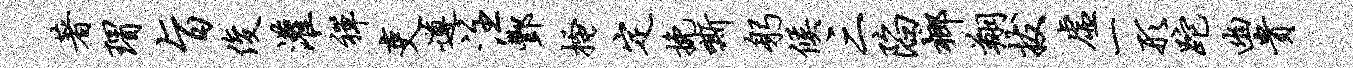
著瑁旨俊灌禅吏遵注酆搔定挽嘶躬候三陷榔翔拔虚一形跎幽贵